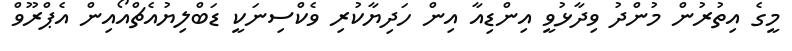
މީގެ އިތުރުން މުންދު ވިދާޅުވީ އިންޑިއާ އިން ހަދިޔާކުރި ވެކްސިނަކީ ޑަބްލިޔުއެޗްއޯއިން އެޕްރޫވް